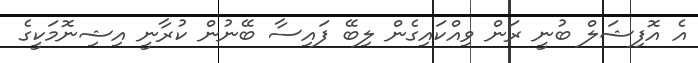
އެ އޮފިޝަލް ބުނީ ރަން ވިއްކައިގެން ލިބޭ ފައިސާ ބޭނުން ކުރާނީ އިޝިނޮމަކީގެ